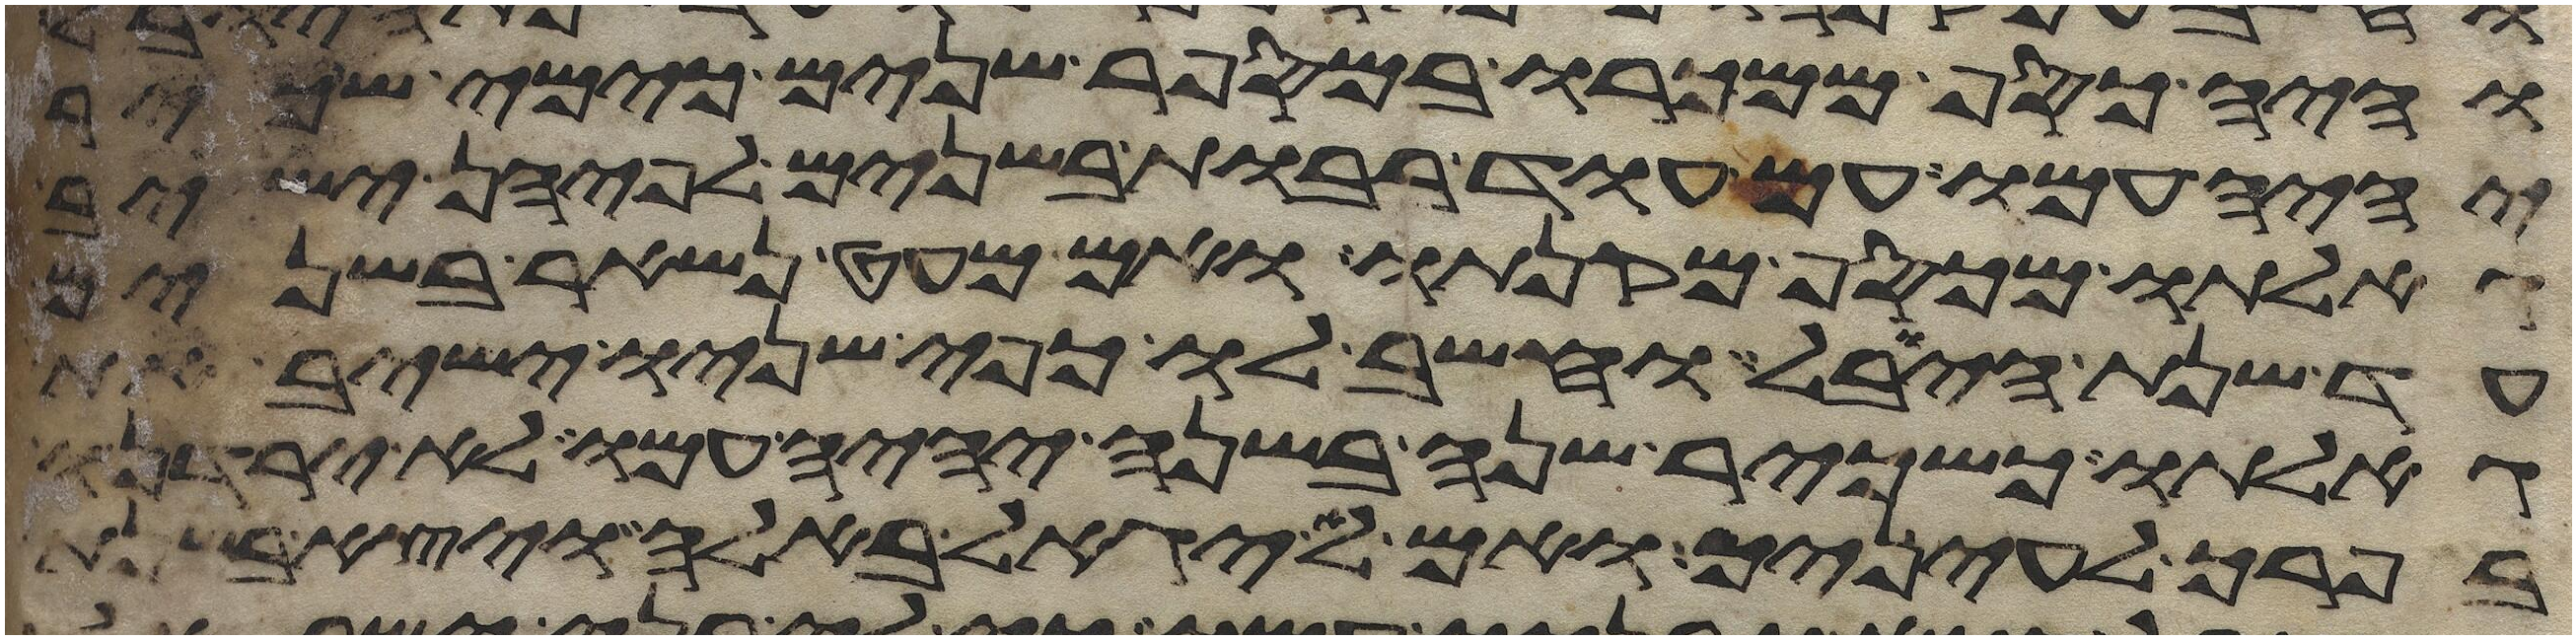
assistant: והיה כסף ממכרו במספר שנים כימי שכיר
יהיה עמו אם עוד רבות בשנים לפיהן ישיב
גאלתו מכסף מקנתו ואם מעט נשאר בשנים
עד שנת היובל וחשב לו כפי שניו ישיב את
גאלתו כשכיר שנה בשנה יהיה עמו לא ירדנו
בפרך לעיניך ואם לא יגאל באלה ויצא בשנת